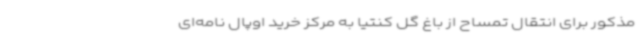
مذکور برای انتقال تمساح از باغ گل کنتیا به مرکز خرید اوپال نامه‌ای